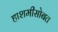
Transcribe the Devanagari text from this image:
हाशमीसोबत